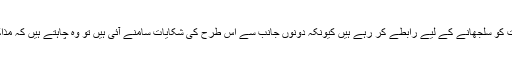
اس بارے میں پروفیسر ابراہیم کا کہنا تھا کہ وہ ان معاملات کو سلجھانے کے لیے رابطے کر رہے ہیں کیونکہ دونوں جانب سے اس طرح کی شکایات سامنے آئی ہیں تو وہ چاہتے ہیں کہ مذاکرات کو شروع کرنے کے لیے عملی اقدامات کیے جائیں۔